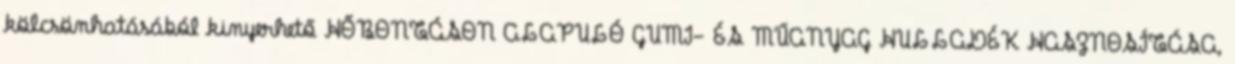
kölcsönhatásából kinyerhető HŐBONTÁSON ALAPULÓ GUMI- ÉS MŰANYAG HULLADÉK HASZNOSÍTÁSA,